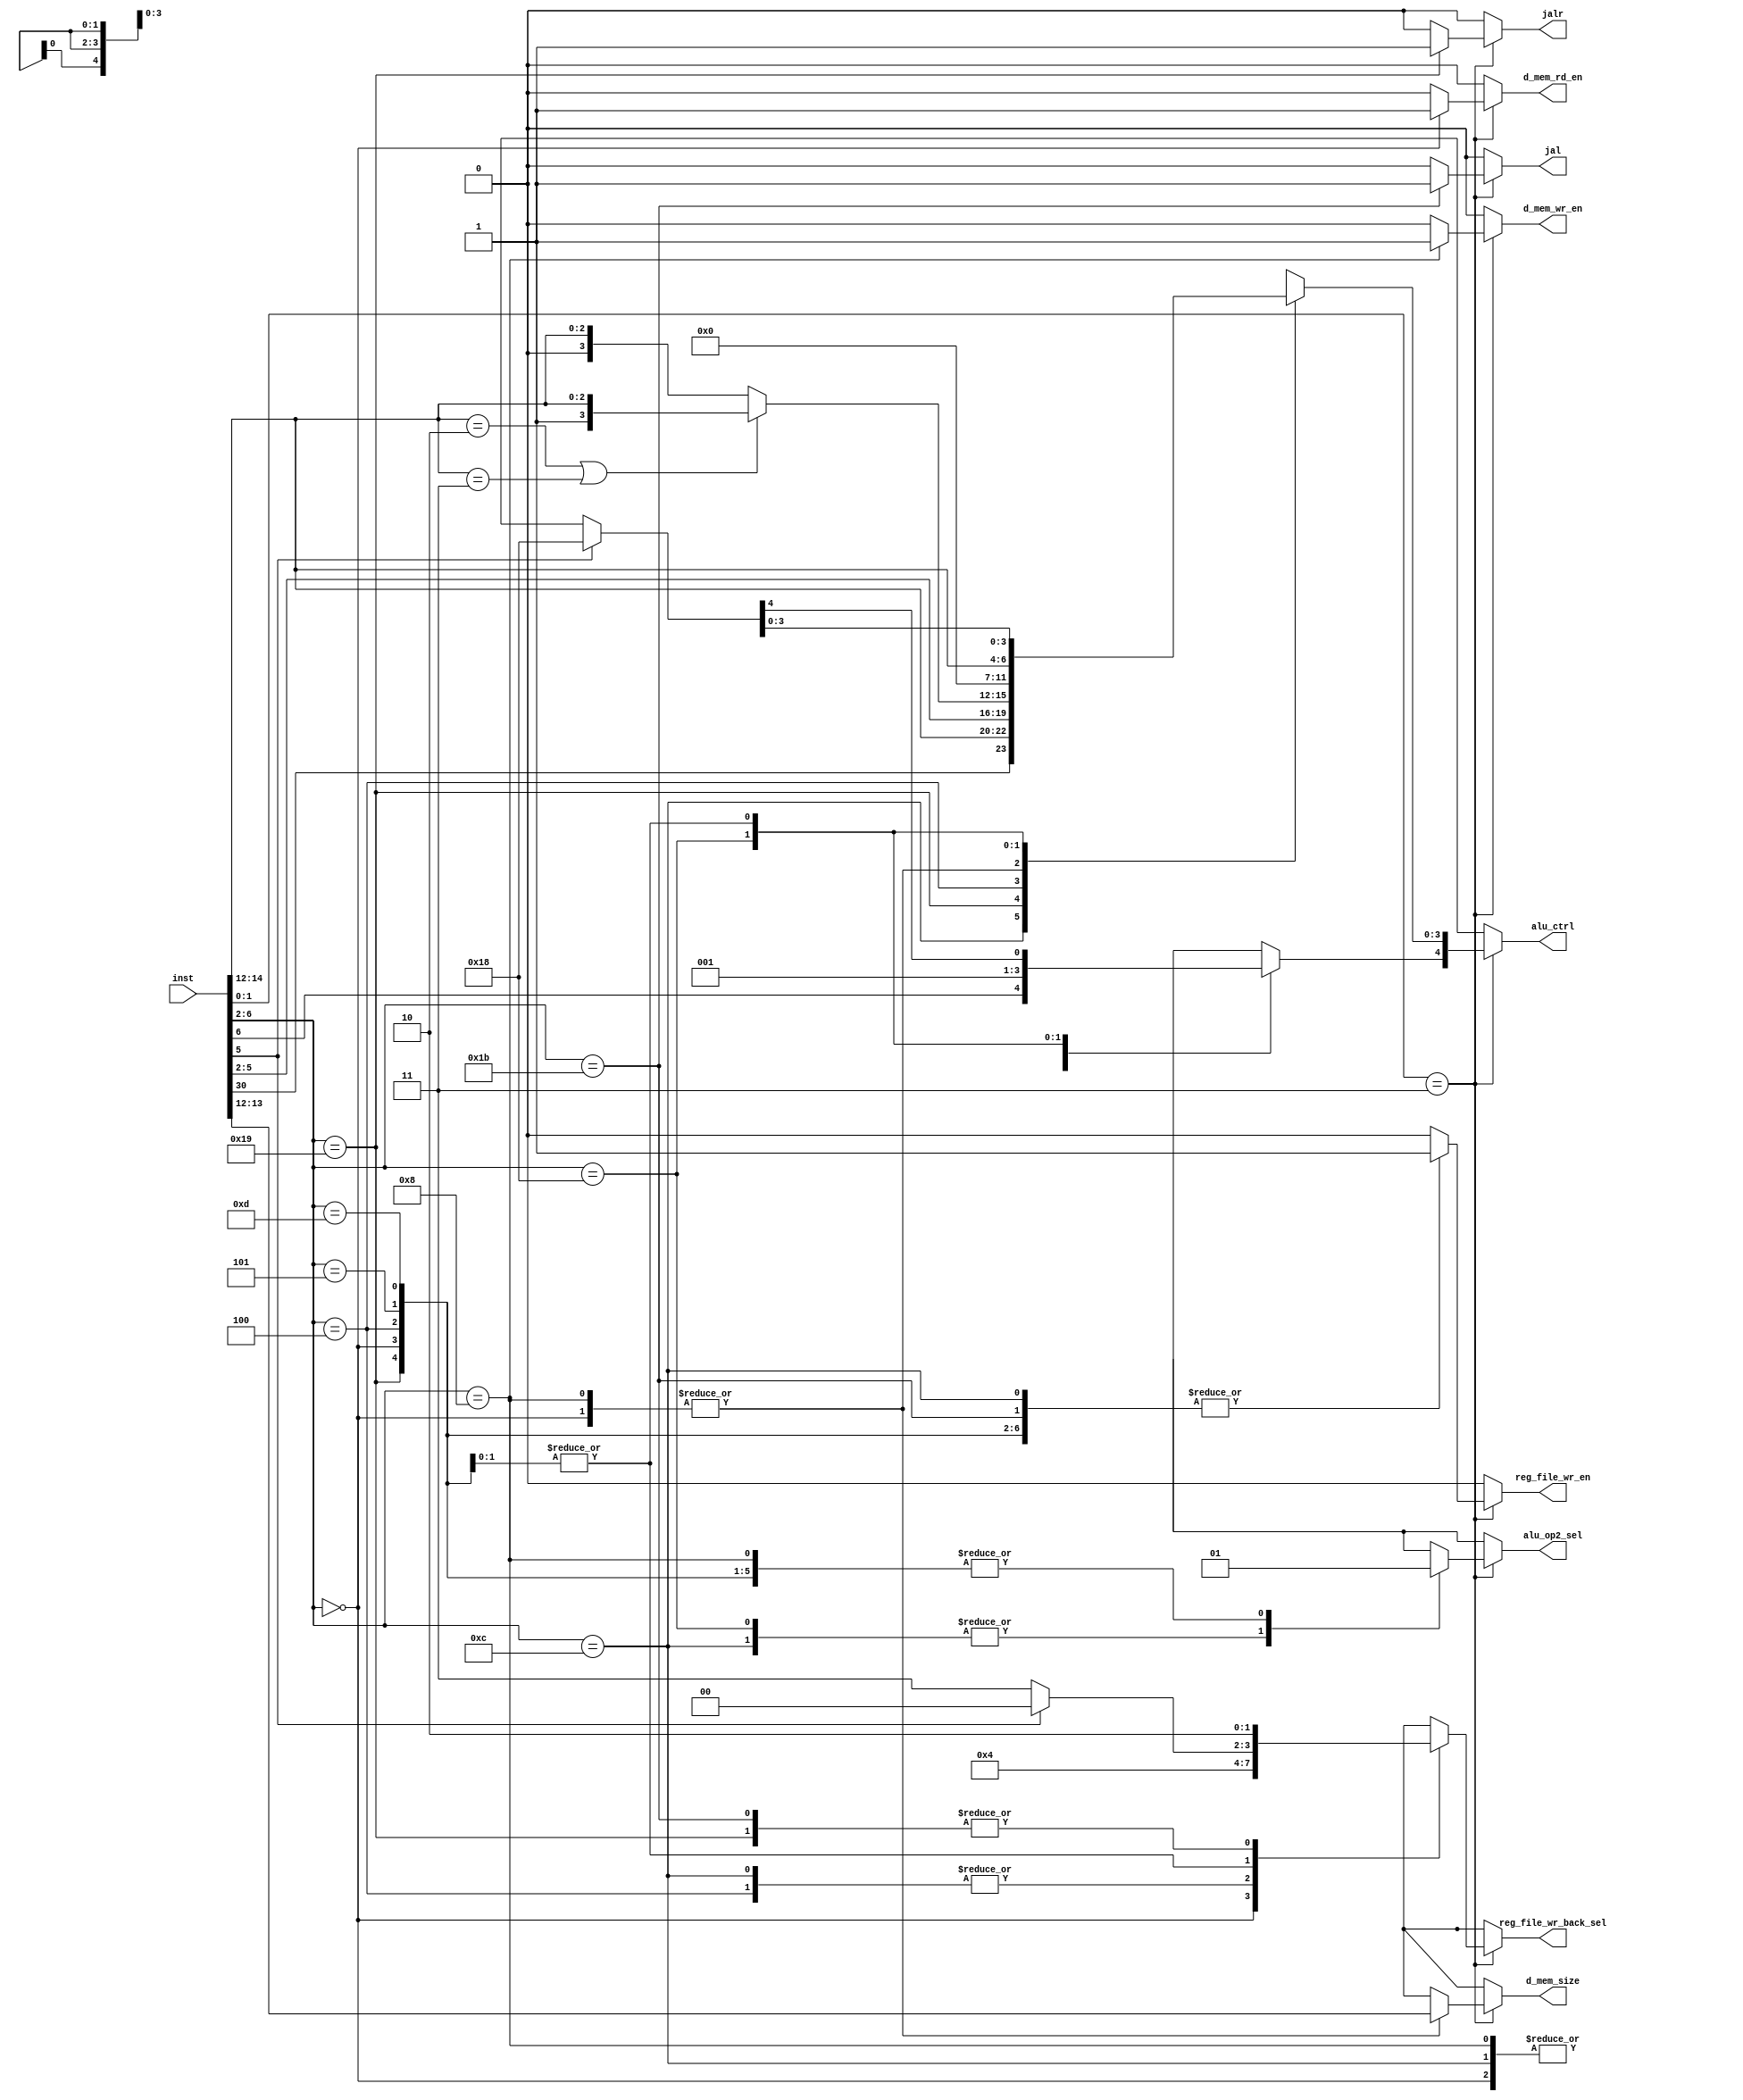
//Control unit

//macros
//instruction width
`define INSTRUCTION_WIDTH 32
//ALU control signal width
`define ALU_CTRL_WIDTH 5

//Instruction types
//R-type
`define R_TYPE 5'b01100
//I-type
`define JALR 5'b11001
`define LOAD 5'b00000
`define ALU 5'b00100
//S-type
`define STORE 5'b01000
//SB-type
`define BRANCH 5'b11000
//U-type
`define U_TYPE 5'b01101, 5'b00101
//UJ-type
`define JAL 5'b11011

module ctrl(
	//outputs
	/*ALU control signal
	bits 2 - 0 : ALU operation to be performed
	bit 3 : Set to 1 when a subtract operation is to be performed
	bit 4 : Set to 1 in case of branch instruction
	
	Note :- In order to uniquely convey the LUI and JALR instructions to the ALU,
	bits 3 and 4 are set to 1, so that there is no conflict with other instructions
	LUI : 5'b11000
	JALR : 5'b11001
	*/
	output reg [(`ALU_CTRL_WIDTH-1):0] alu_ctrl,
	//Register file write enable signal
	output reg reg_file_wr_en,
	/*Register file writeback select signal (2 bits)
	(00) output of ALU
	(01) output of data memory
	(10) output of PC+4
	(11) output of PC+immediate value
	*/
	output reg [1:0] reg_file_wr_back_sel,
	//ALU operand select signal
	output reg alu_op2_sel,
	//Data memory read enable signal
	output reg d_mem_rd_en,
	//Data memory write enalbe signal
	output reg d_mem_wr_en,
	/*Data memory size
	(10) 32 bit value
	(01) 16 bit value
	(00) 8 bit value
	(11) undefined
	*/
	output reg [1:0] d_mem_size,
	//JAL instruction
	output reg jal,
	//JALR instruction
	output reg jalr, 
	//inputs
	input [(`INSTRUCTION_WIDTH - 1):0] inst
);
	
	//combinational logic
	always @ (*) begin
		//first check if the input instruction is valid
		if (inst[1:0] == 2'b11) begin
			//determine the type of instruction
			case (inst[6:2])
			
				//R-type
				`R_TYPE: begin
					//set the alu_ctrl signal to be the packed version of
					//bit(3) = inst[31] and remaining bits = funct3 field as specified in the ISA
					//bit(3) = 1 distinguishes between SUB and ADD
					//bit(3) = 1 ==> SUB
					//bit(4) = 0 (No branching)
					//ALU control signal
					alu_ctrl[3:0] = {inst[30], inst[14:12]};
					//no branching
					alu_ctrl[4] = 1'b0;
					//Register file write enable signal
					//the value generated from the ALU is always written back to the register file in R-type
					reg_file_wr_en = 1'b1;
					//Register file writeback select signal
					//by default, the value generated by the ALU is written back 
					reg_file_wr_back_sel = 2'b00;
					//ALU operand select signal
					//the second operand for the ALU is obtained from the register file
					alu_op2_sel = 1'b0;
					//Data memory read enable signal
					//Data memory is not read
					d_mem_rd_en = 1'b0;
					//Data memory write enable signal
					//Data memory is not written to
					d_mem_wr_en = 1'b0;
					//data memory size
					//No data is written to or read from data memory
					d_mem_size = 2'bxx;
					//JAL instruction
					//not valid
					jal = 1'b0;
					//JALR instruction
					//not valid
					jalr = 1'b0;
				end
				
				//I-type
				`JALR: begin
					//ALU control signal
					//copy the MSB bits of the opcode for JALR to the alu_ctrl signal
					alu_ctrl = inst[6:2];
					//Register file write enable signal
					//return address is written to the register file
					reg_file_wr_en = 1'b1;
					//Register file writeback select signal
					//PC+4 is written back to register file
					reg_file_wr_back_sel = 2'b10;
					//ALU operand select signal
					//select the sign or zero extended operand
					alu_op2_sel = 1'b1;
					//Data memory read enable signal
					//nothing is read from data memory
					d_mem_rd_en = 1'b0;
					//Data memory write enalbe signal
					//noting is written to data memory
					d_mem_wr_en = 1'b0;
					//data memory size
					//don't care
					d_mem_size = 2'bxx;
					//JAL instruction
					//not valid
					jal = 1'b0;
					//JALR instruction
					//valid
					jalr = 1'b1;
				end
									
				`LOAD: begin
					//ALU control signal
					//set the ALU control to add operation
					//The operand obtained from the register is added to the immediate value
					//no branching
					alu_ctrl = {(`ALU_CTRL_WIDTH){1'b0}};
					//Register file write enable signal
					//Value read from the data memory is written back to the register file
					reg_file_wr_en = 1'b1;
					//Register file writeback select signal
					//Value read from data memory is written back to register file
					reg_file_wr_back_sel = 2'b01;
					//ALU operand select signal
					//select the sign or zero extended operand
					alu_op2_sel = 1'b1;
					//Data memory read enable signal
					//The value is loaded from data memory
					d_mem_rd_en = 1'b1;
					//Data memory write enalbe signal
					//no value is written to data memory
					d_mem_wr_en = 1'b0;
					//data memory size
					//size depends on the instruction
					d_mem_size = inst[13:12];
					//JAL instruction
					//not valid
					jal = 1'b0;
					//JALR instruction
					//not valid
					jalr = 1'b0;
				end
				
				`ALU: begin
					
					if(inst[14:12] == 3'b010 || inst[14:12] == 3'b011) begin
						//Instructions that involve subtract operation (SLTI and SLTIU respectively)
						//ALU control signal
						//set LSB 3 bits to the "funct3" field
						//bit 3 = 1'b1 to indicate stubract operation
						//bit 4 = 0 (no branching)
						alu_ctrl = {1'b0, 1'b1, inst[14:12]};
					end
					
					else begin
						//Other ALU instruction
						//ALU control signal
						//set the alu_ctrl signal to {2'b00, "funct3"}
						//bit3 = 1'b0, no subtract operation
						//MSB (bit 4) = 1'b0, no branching
						alu_ctrl = {2'b00, inst[14:12]};
					end
					
					//Register file write enable signal
					//value generated by the ALU is always written back to the register file
					reg_file_wr_en = 1'b1;
					//Register file writeback select signal
					//select the value generated by the ALU
					reg_file_wr_back_sel = 2'b00;
					//ALU operand select signal
					//select the sign or zero extended immediate value
					alu_op2_sel = 1'b1;
					//Data memory read enable signal
					//no value is read from data memory
					d_mem_rd_en = 1'b0;
					//Data memory write enalbe signal
					//no value is written back to data memory
					d_mem_wr_en = 1'b0;
					//data memory size
					//data is not written to or read from data memory
					d_mem_size = 2'bxx;
					//JAL instruction
					//not valid
					jal = 1'b0;
					//JALR instruction
					//not valid
					jalr = 1'b0;	
				end	
				
				//S-type
				`STORE: begin
					//ALU control signal
					//set the ALU control signal to add "rs1" to immediate value
					//no subtract
					//no branching
					alu_ctrl = {(`ALU_CTRL_WIDTH){1'b0}};
					//Register file write enable signal
					//no write to register file
					reg_file_wr_en = 1'b0;
					//Register file writeback select signal
					//Nothing written back to the register file
					//don't care
					reg_file_wr_back_sel = 2'bxx;
					//ALU operand select signal
					//select the sign or zero extended immediate value
					alu_op2_sel = 1'b1;
					//Data memory read enable signal
					//no data is read from data memory
					d_mem_rd_en = 1'b0;
					//Data memory write enable signal
					//Data is written to data memory
					d_mem_wr_en = 1'b1;
					//data memory size
					//data is written to data memory
					d_mem_size = inst[13:12];
					//JAL instruction
					//not valid
					jal = 1'b0;
					//JALR instruction
					//not valid
					jalr = 1'b0;
				end
				
				//SB-type
				`BRANCH: begin
					//ALU control signal
					//set the alu_ctrl signal to {1'b1, 1'b0, "funct3"}
					//bit3 = 1'b0, no subtract instructions (I-type)
					//MSB (bit 4) = 1'b1, branch
					alu_ctrl = {1'b1, 1'b0, inst[14:12]};
					//Register file write enable signal
					//no write to register file
					reg_file_wr_en = 1'b0;
					//Register file writeback select signal
					//Nothing written back to the register file
					//don't care
					reg_file_wr_back_sel = 2'bxx;
					//ALU operand select signal
					//select the operand obtained from register file
					alu_op2_sel = 1'b0;
					//Data memory read enable signal
					//no data is read from data memory
					d_mem_rd_en = 1'b0;
					//Data memory write enable signal
					//Data is not written to data memory
					d_mem_wr_en = 1'b0;
					//data memory size
					//data is not written to data memory
					d_mem_size = 2'bxx;
					//JAL instruction
					//not valid
					jal = 1'b0;
					//JALR instruction
					//not valid
					jalr = 1'b0;
				end
				
				//U-type
				`U_TYPE: begin
					//ALU control signal
					//The immediate value is written to rd in case of LUI
					//For AUIPC no ALU operation is to performed. Hence set to 'x'
					if(inst[5]==1) begin
						//ensure that the top two bits of alu_ctrl = 2'b11 to avoid conflict with other instructions
						//set the bottom 3 bits to be 0, to convey that it is the LUI instruction to the ALU					
						alu_ctrl = 5'b11000;
					end
					
					else begin
						alu_ctrl = {(`ALU_CTRL_WIDTH){1'bx}};
					end					
					//Register file write enable signal
					//Value read from the data memory is written back to the register file
					reg_file_wr_en = 1'b1;
					//Register file writeback select signal
					//Value read from data memory is written back to register file
					//If LUI, ALU o/p is written to rd. Else pc+offset is written to rd
					if(inst[5]==1) begin
						reg_file_wr_back_sel = 2'b00;
					end
					
					else begin
						reg_file_wr_back_sel = 2'b11;
					end					
					//ALU operand select signal
					//select the sign or zero extended operand for both LUI and AUIPC
					alu_op2_sel = 1'b1;
					//Data memory read enable signal
					//No value is loaded from data memory
					d_mem_rd_en = 1'b0;
					//Data memory write enalbe signal
					//no value is written to data memory
					d_mem_wr_en = 1'b0;
					//data memory size
					//data is not written to data memory
					d_mem_size = 2'bxx;
					//JAL instruction
					//not valid
					jal = 1'b0;
					//JALR instruction
					//not valid
					jalr = 1'b0;
				end
				
				//UJ-type
				`JAL:begin
					//For JAL no ALU operation is to performed. Hence set to 'x'
					alu_ctrl = {(`ALU_CTRL_WIDTH){1'bx}};
					//Register file write enable signal
					//PC+4 is written to register file
					reg_file_wr_en = 1'b1;
					//Register file writeback select signal
					//Value 'PC+4' is written back to register file
					reg_file_wr_back_sel = 2'b10;
					//ALU operand select signal
					//No operand is to be selected
					alu_op2_sel = 1'bx;
					//Data memory read enable signal
					//No value is loaded from data memory
					d_mem_rd_en = 1'b0;
					//Data memory write enalbe signal
					//No value is written to data memory
					d_mem_wr_en = 1'b0;
					//data memory size
					//data is not written to data memory
					d_mem_size = 2'bxx;
					//JAL instruction					
					jal = 1'b1;
					//JALR instruction
					//not valid
					jalr = 1'b0;
				end			

				//default
				default: begin
					//ALU control signal
					//don't care
					alu_ctrl = {(`ALU_CTRL_WIDTH){1'bx}};
					//Register file write enable signal
					//no write to register file
					reg_file_wr_en = 1'b0;
					//Register file writeback select signal
					//Nothing written back to the register file
					//don't care
					reg_file_wr_back_sel = 2'bxx;
					//ALU operand select signal
					//don't care
					alu_op2_sel = 1'bx;
					//Data memory read enable signal
					//no data is read from data memory
					d_mem_rd_en = 1'b0;
					//Data memory write enable signal
					//no data is written to data memory
					d_mem_wr_en = 1'b0;
					//data memory size
					//data is not written to data memory
					//don't care
					d_mem_size = 2'bxx;
					//JAL instruction
					//not valid
					jal = 1'b0;
					//JALR instruction
					//not valid
					jalr = 1'b0;
				end
				
			endcase
			
		end
		
		else begin
			//ALU control signal
			//don't care
			alu_ctrl = {(`ALU_CTRL_WIDTH){1'bx}};
			//Register file write enable signal
			//no write to register file
			reg_file_wr_en = 1'b0;
			//Register file writeback select signal
			//Nothing written back to the register file
			//don't care
			reg_file_wr_back_sel = 2'bxx;
			//ALU operand select signal
			//don't care
			alu_op2_sel = 1'bx;
			//Data memory read enable signal
			//no data is read from data memory
			d_mem_rd_en = 1'b0;
			//Data memory write enable signal
			//no data is written to data memory
			d_mem_wr_en = 1'b0;
			//data memory size
			//data is not written to data memory
			//don't care
			d_mem_size = 2'bxx;
			//JAL instruction
			//not valid
			jal = 1'b0;
			//JALR instruction
			//not valid
			jalr = 1'b0;
		end
	
	end

endmodule